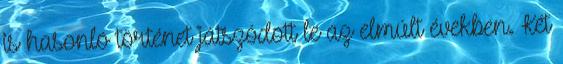
is hasonló történet játszódott le az elmúlt években. Két